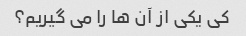
کی یکی از آن ها را می گیریم؟